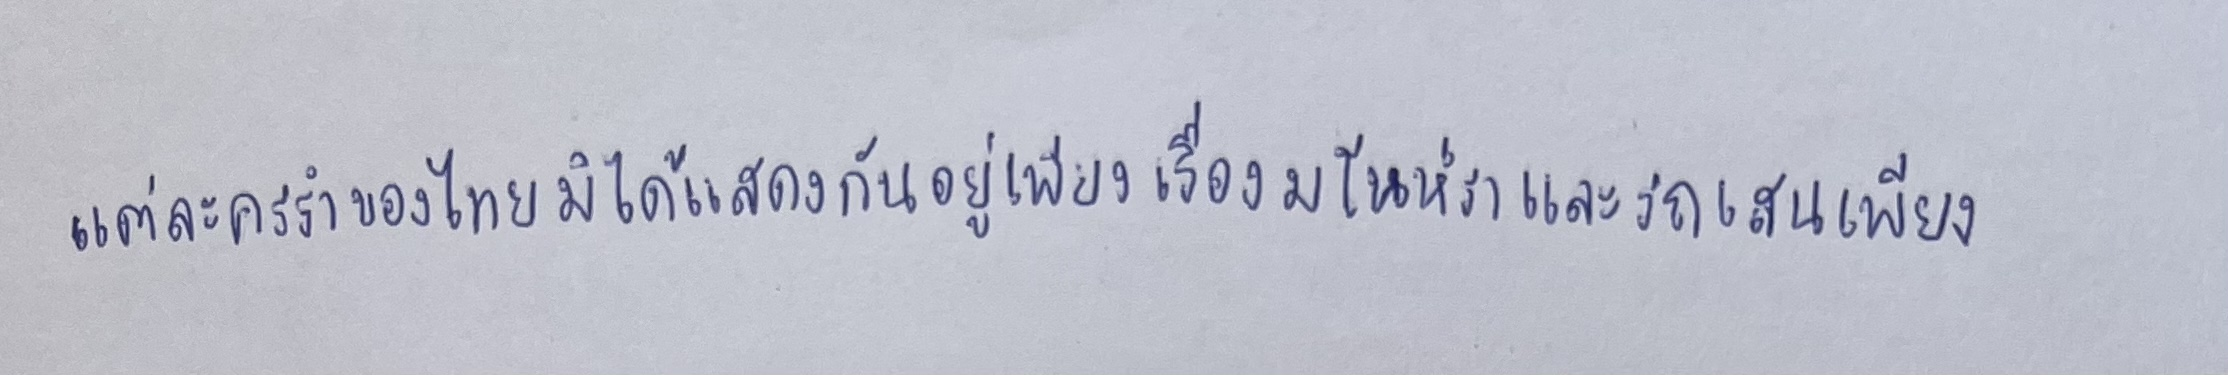
แต่ละครรำของไทยมิได้แสดงกันอยู่เพียงเรื่องมโนห์ราและรถเสนเพียง